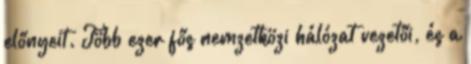
előnyeit. Több ezer fős nemzetközi hálózat vezetői, és a